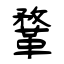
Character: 鞪